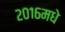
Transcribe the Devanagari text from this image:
२०१६मधे